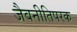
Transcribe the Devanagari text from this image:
जैवनीतिपरक